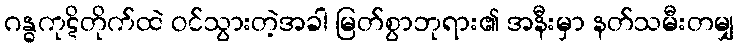
ဂန္ဓကုဋိတိုက်ထဲ ဝင်သွားတဲ့အခါ မြတ်စွာဘုရား၏ အနီးမှာ နတ်သမီးတမျှ